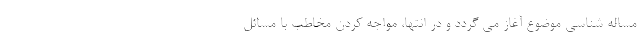
مساله شناسی موضوع آغاز می گردد و در انتها، مواجه کردن مخاطب با مسائل